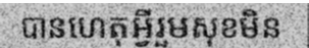
បានហេតុអ្វីរួមសុខមិន